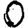
Digit: 0